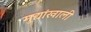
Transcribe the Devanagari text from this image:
मुद्यांखाली